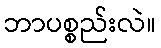
ဘာပစ္စည်းလဲ။